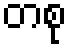
တစု